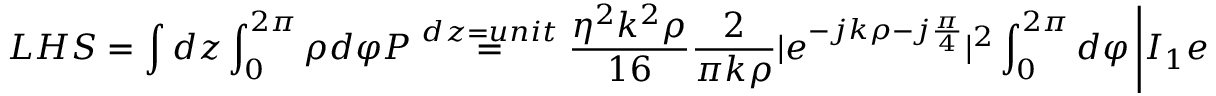
L H S = \int d z \int _ { 0 } ^ { 2 \pi } \rho d \varphi P \stackrel { d z = u n i t } { = } \frac { \eta ^ { 2 } k ^ { 2 } \rho } { 1 6 } \frac { 2 } { \pi k \rho } | e ^ { - j k \rho - j \frac { \pi } { 4 } } | ^ { 2 } \int _ { 0 } ^ { 2 \pi } d \varphi \left| I _ { 1 } e ^ { - j \frac { k d \cos ( \varphi ) } { 2 } } + I _ { 2 } e ^ { j \frac { k d \cos ( \varphi ) } { 2 } } \right| ^ { 2 }